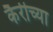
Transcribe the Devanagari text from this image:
कैरीच्या